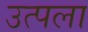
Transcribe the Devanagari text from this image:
उत्पला